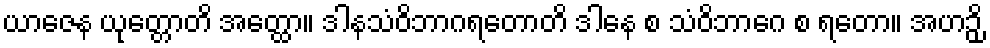
ယာဇေန ယုတ္တောတိ အတ္ထော။ ဒါနသံဝိဘာဂရတောတိ ဒါနေ စ သံဝိဘာဂေ စ ရတော။ အဟဉှိ